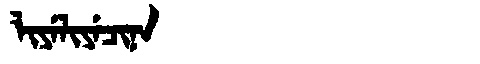
Manchu: ᠯᡳᠶᡝᠯᡳᠶᡝᠴᡳᠨᠠ
Romanization: LIYELIYECINA